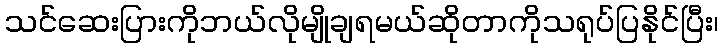
သင်ဆေးပြားကိုဘယ်လိုမျိုချရမယ်ဆိုတာကိုသရုပ်ပြနိုင်ပြီး၊